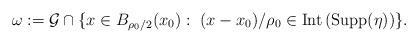
LaTeX: \begin{align*} \omega:=\mathcal G\cap \{x\in B_{\rho_0/2}(x_0):\ (x-x_0)/\rho_0\in \mathrm{Int}\,(\mathrm{Supp} (\eta))\}.\end{align*}